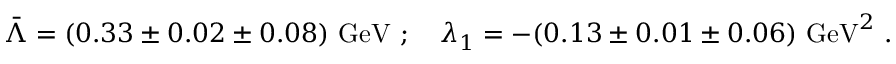
\bar { \Lambda } = ( 0 . 3 3 \pm 0 . 0 2 \pm 0 . 0 8 ) ~ \mathrm { G e V } ~ ; ~ ~ ~ \lambda _ { 1 } = - ( 0 . 1 3 \pm 0 . 0 1 \pm 0 . 0 6 ) ~ \mathrm { G e V } ^ { 2 } ~ .